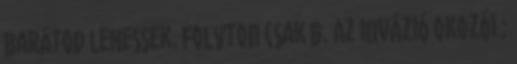
barátod lehessek. Folyton csak b. Az invázió okozói ;